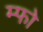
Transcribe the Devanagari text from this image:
म्फो